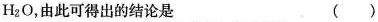
H_{2}O，由此可得出的结论是（）